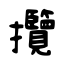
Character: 攬